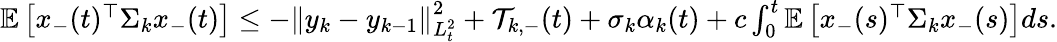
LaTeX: \begin{array}{r}{\mathbb E\left[x_{-}(t)^{\top}\Sigma_{k}x_{-}(t)\right]\leq-\left\| y_{k}-y_{k-1}\right\| _{L_{t}^{2}}^{2}+\mathcal T_{k,-}(t)+\sigma_{k}\alpha_{k}(t)+c\int_{0}^{t}\mathbb E\left[x_{-}(s)^{\top}\Sigma_{k}x_{-}(s)\right]ds.}\end{array}